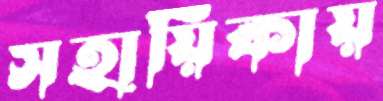
সহায়িকায়